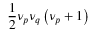
\frac { 1 } { 2 } \nu _ { p } \nu _ { q } \left( \nu _ { p } + 1 \right)